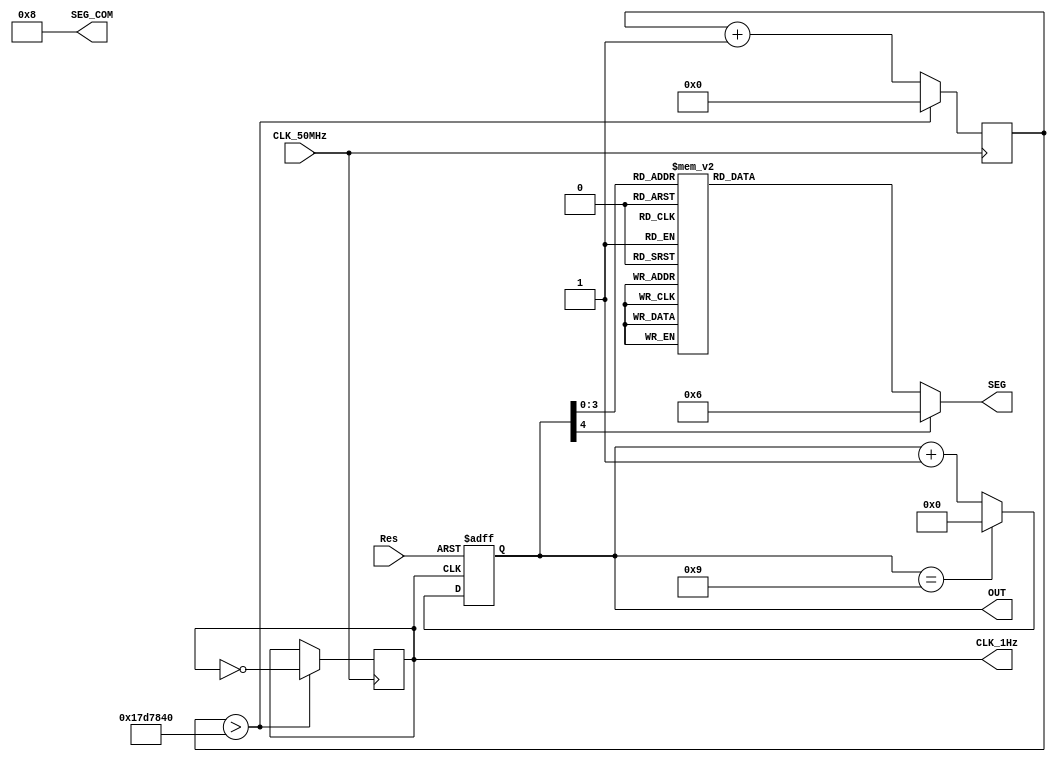
module Segment_7(OUT, SEG, SEG_COM, CLK_1Hz, CLK_50MHz, Res);

output reg [4:0]OUT;
output reg [6:0]SEG = 7'b100_0000;
output reg [3:0]SEG_COM = 4'b1000;
output reg CLK_1Hz;
reg [27:0]CLK_1Hz_count = 0;

input CLK_50MHz, Res;

// 50MHz --> 1Hz = 1ns
always@(posedge CLK_50MHz)begin
	if(CLK_1Hz_count > 25000000)begin // 25000000 or 250
		CLK_1Hz = ~CLK_1Hz;
		CLK_1Hz_count = 0;
	end
	else CLK_1Hz_count = CLK_1Hz_count + 1;
end
// counter 0~9
always@(posedge CLK_1Hz or negedge Res)begin
	if(!Res) OUT <= 5'd0;
	else OUT <= (OUT==5'd9)?5'd0:(OUT + 5'd1);
end
// 7 Segment Display
always@(OUT)begin
	case(OUT) // seg-gfedcba "1" is on. // 0
		5'd0:SEG = 7'b100_0000;
		5'd1:SEG = 7'b111_1001;
		5'd2:SEG = 7'b010_0100;
		5'd3:SEG = 7'b011_0000;
		5'd4:SEG = 7'b001_1001;
		5'd5:SEG = 7'b001_0010;
		5'd6:SEG = 7'b000_0010;
		5'd7:SEG = 7'b101_1000;
		5'd8:SEG = 7'b000_0000;
		5'd9:SEG = 7'b001_1000;
		default:SEG = 7'b000_110;
	endcase
end
endmodule